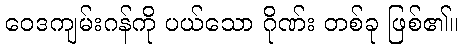
ဝေဒကျမ်းဂန်ကို ပယ်သော ဂိုဏ်း တစ်ခု ဖြစ်၏။